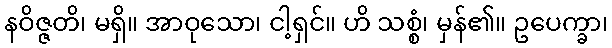
နဝိဇ္ဇတိ၊ မရှိ။ အာဝုသော၊ ငါ့ရှင်။ ဟိ သစ္စံ၊ မှန်၏။ ဥပေက္ခာ၊